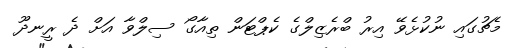
މެޗުގައި ނުކުޅެވޭ އިރު ބްރެޒިލްގެ ކެޕްޓަން ތިއާގޯ ސިލްވާ އަށް ދެ ރީނދޫ